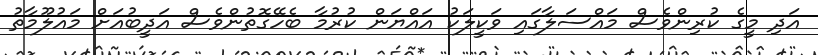
އަދި މީގެ ކުރިންވެސް މައްސަލާގައި ވަކީލަކު އައްޔަން ކުރުމާ ބެހޭގޮތުންވެސް އަދީބުއަށް މައުލޫމާތު